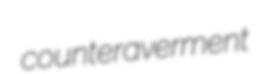
counteraverment